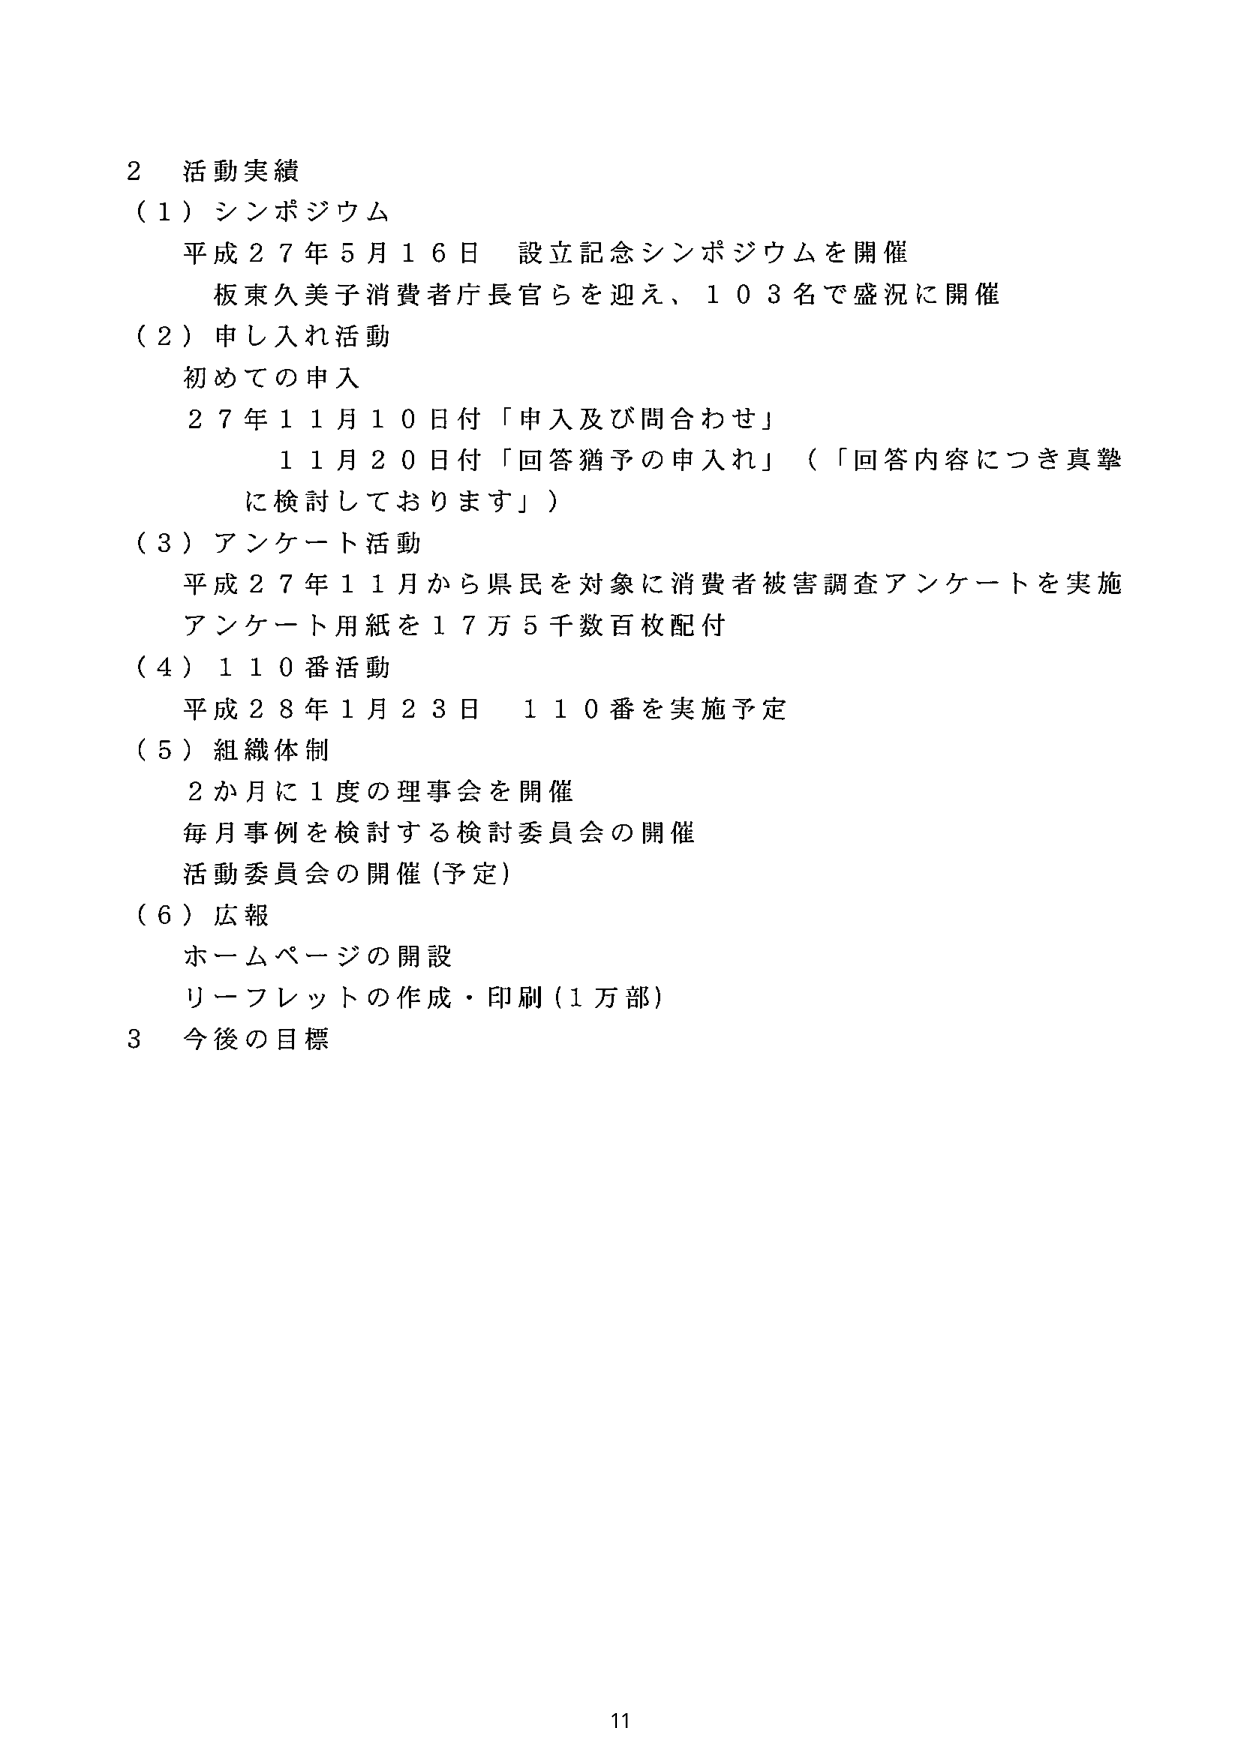
2 活動実績
（1）シンポジウム
　平成27年5月16日 設立記念シンポジウムを開催
　板東久美子消費者庁長官らを迎え、103名で盛況に開催
（2）申し込み活動
　初めての申入
　27年11月10日付「申入及び問合わせ」
　　11月20日付「回答猶予の申入れ」（「回答内容につき真摯に検討しております」）
（3）アンケート活動
　平成27年11月から県民を対象に消費者被害調査アンケートを実施
　アンケート用紙を17万5千数百枚配付
（4）110番活動
　平成28年1月23日 110番を実施予定
（5）組織体制
　2か月に1度の理事会を開催
　毎月事例を検討する検討委員会の開催
　活動委員会の開催（予定）
（6）広報
　ホームページの開設
　リーフレットの作成・印刷（1万部）
3 今後の目標

11